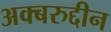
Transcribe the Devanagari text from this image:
अक्बरुद्दीन